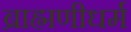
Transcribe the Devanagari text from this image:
ब्राह्मणीधर्म